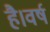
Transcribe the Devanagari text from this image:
है।वर्ष